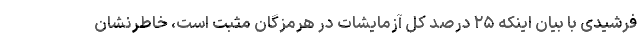
فرشیدی با بیان اینکه ۲۵ درصد کل آزمایشات در هرمزگان مثبت است، خاطرنشان